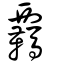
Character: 覊